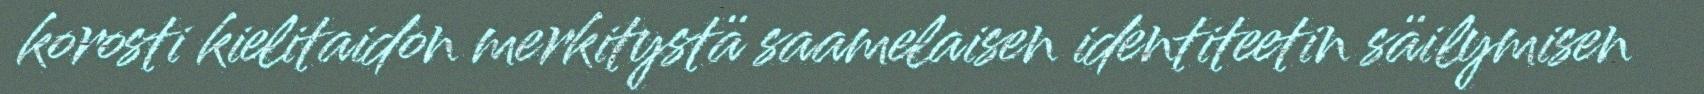
korosti kielitaidon merkitystä saamelaisen identiteetin säilymisen